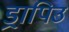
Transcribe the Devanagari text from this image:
ड्रापिउ